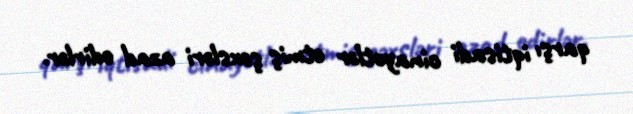
qarşı iqtisadi cinayətlər etmiş şəxsləri azad edirlər.